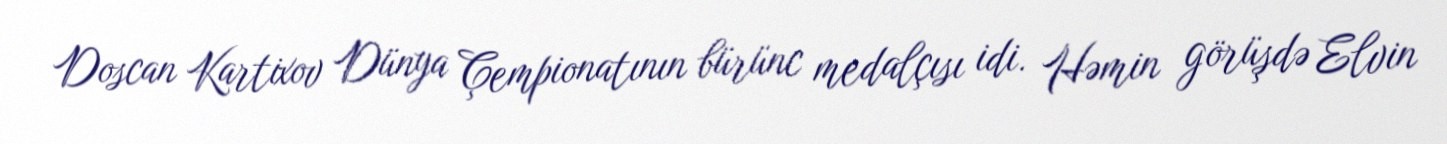
Doscan Kartixov Dünya Çempionatının bürünc medalçısı idi. Həmin görüşdə Elvin